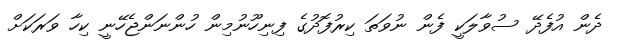
ދެން އުފެދޭ ސުވާލަކީ ފެން ނުވަތަ ކިރުފޮދުގެ ފިނިހޫނުމިން ހުންނަންޖެހޭނީ ކިހާ ވަރަކަށް